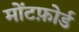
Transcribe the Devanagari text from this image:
मोंटफ़ोर्ड